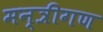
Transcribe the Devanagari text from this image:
मन्त्रीगण